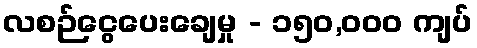
လစဉ်ငွေပေးချေမှု - ၁၅၀,၀၀၀ ကျပ်